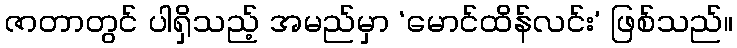
ဇာတာတွင် ပါရှိသည့် အမည်မှာ ‘မောင်ထိန်လင်း’ ဖြစ်သည်။